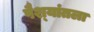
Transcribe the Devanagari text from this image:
पैश्‍यांतला